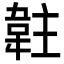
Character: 䪒